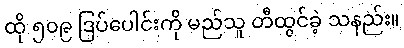
ထို ၅၀၉ ဒြပ်ပေါင်းကို မည်သူ တီထွင်ခဲ့ သနည်း။